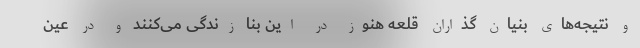
و نتیجه‌های بنیان گذاران قلعه هنوز در این بنا زندگی می‌کنند و در عین